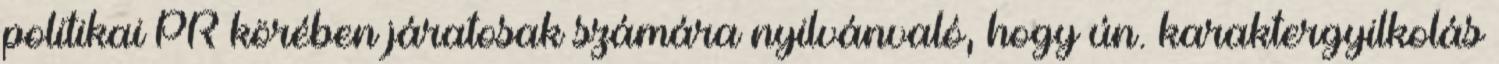
politikai PR körében járatosak számára nyilvánvaló, hogy ún. karaktergyilkolás